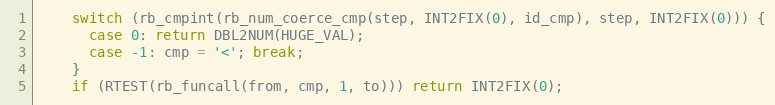
Language: C
	switch (rb_cmpint(rb_num_coerce_cmp(step, INT2FIX(0), id_cmp), step, INT2FIX(0))) {
	  case 0: return DBL2NUM(HUGE_VAL);
	  case -1: cmp = '<'; break;
	}
	if (RTEST(rb_funcall(from, cmp, 1, to))) return INT2FIX(0);